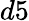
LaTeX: d5